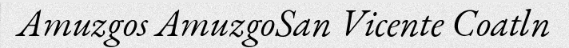
Amuzgos AmuzgoSan Vicente Coatln